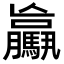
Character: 𩦻